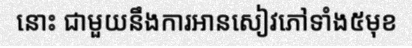
នោះ ជាមួយនឹងការអានសៀវភៅទាំង៥មុខ